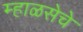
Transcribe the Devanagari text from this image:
म्हाळसेचे